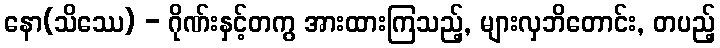
နော(သိဿေ) - ဂိုဏ်းနှင့်တကွ အားထားကြသည့်, များလှဘိတောင်း, တပည့်